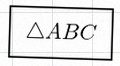
\triangle ABC